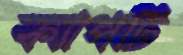
ক্যাপটি